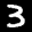
Label: 3